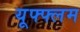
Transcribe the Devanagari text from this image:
यूफ्फ्लम